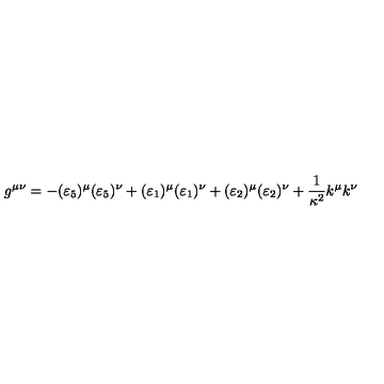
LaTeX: g ^ { \mu \nu } = - ( \varepsilon _ { 5 } ) ^ { \mu } ( \varepsilon _ { 5 } ) ^ { \nu } + ( \varepsilon _ { 1 } ) ^ { \mu } ( \varepsilon _ { 1 } ) ^ { \nu } + ( \varepsilon _ { 2 } ) ^ { \mu } ( \varepsilon _ { 2 } ) ^ { \nu } + \frac { 1 } { \kappa ^ { 2 } } k ^ { \mu } k ^ { \nu }